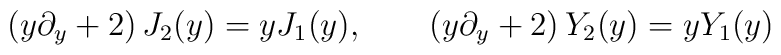
\left(y\partial_y+2\right)J_2(y)=yJ_1(y), \qquad\left(y\partial_y+2\right)Y_2(y)=yY_1(y)